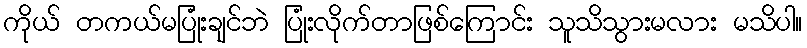
ကိုယ် တကယ်မပြုံးချင်ဘဲ ပြုံးလိုက်တာဖြစ်ကြောင်း သူသိသွားမလား မသိပါ။